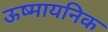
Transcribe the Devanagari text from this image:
ऊष्मायनिक